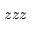
z z z